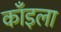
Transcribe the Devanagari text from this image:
काँइला